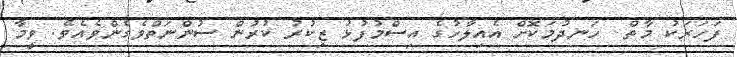
ފަހަރަކު މާތް  ހަނދުމަކޮށް އެއިލާހުގެ އިސްމުފުޅު ޒިކުރު ކުރުން ސުންނަތްވެގެންވެއެވެ. ވީމާ